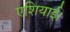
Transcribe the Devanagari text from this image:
एशियाई।